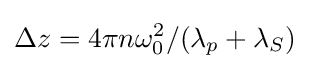
\Delta z=4\pi n\omega _{0}^{2}/(\lambda _{p}+\lambda _{S})